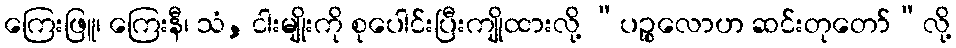
ကြေးဖြူ၊ ကြေးနီ၊ သံ, ငါးမျိုးကို စုပေါင်းပြီးကျိုထားလို့ “ပဉ္စလောဟ ဆင်းတုတော်”လို့